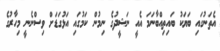
އެތަނުގައި ބަޔަކު ބައިތިއްބާނަމަ އެއީ ނަޝީދުގެ ނިމުން ކަމުގައި އަޅުގަޑަށް ވިސްނެނީ މިހާރުގެ